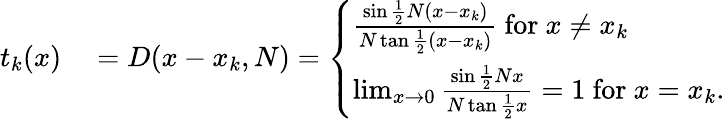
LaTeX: \begin{array}{rl}{t_{k}(x)}&{{}=D(x-x_{k},N)={\left\{ \begin{array}{ll}{{\frac{\sin{\frac{1}{2}}N(x-x_{k})}{N\tan{\frac{1}{2}}(x-x_{k})}}{\mathrm{~for~}}x\neq x_{k}}\\ {\operatorname*{lim}_{x\to 0}{\frac{\sin{\frac{1}{2}}Nx}{N\tan{\frac{1}{2}}x}}=1{\mathrm{~for~}}x=x_{k}.}\end{array}\right.}}\end{array}